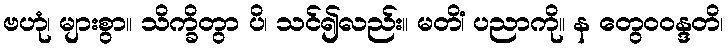
ဗဟုံ၊ များစွာ။ သိက္ခိတွာ ပိ၊ သင်၍လည်း။ မတိံ၊ ပညာကို။ န တွေဝဝန္ဒတိ၊